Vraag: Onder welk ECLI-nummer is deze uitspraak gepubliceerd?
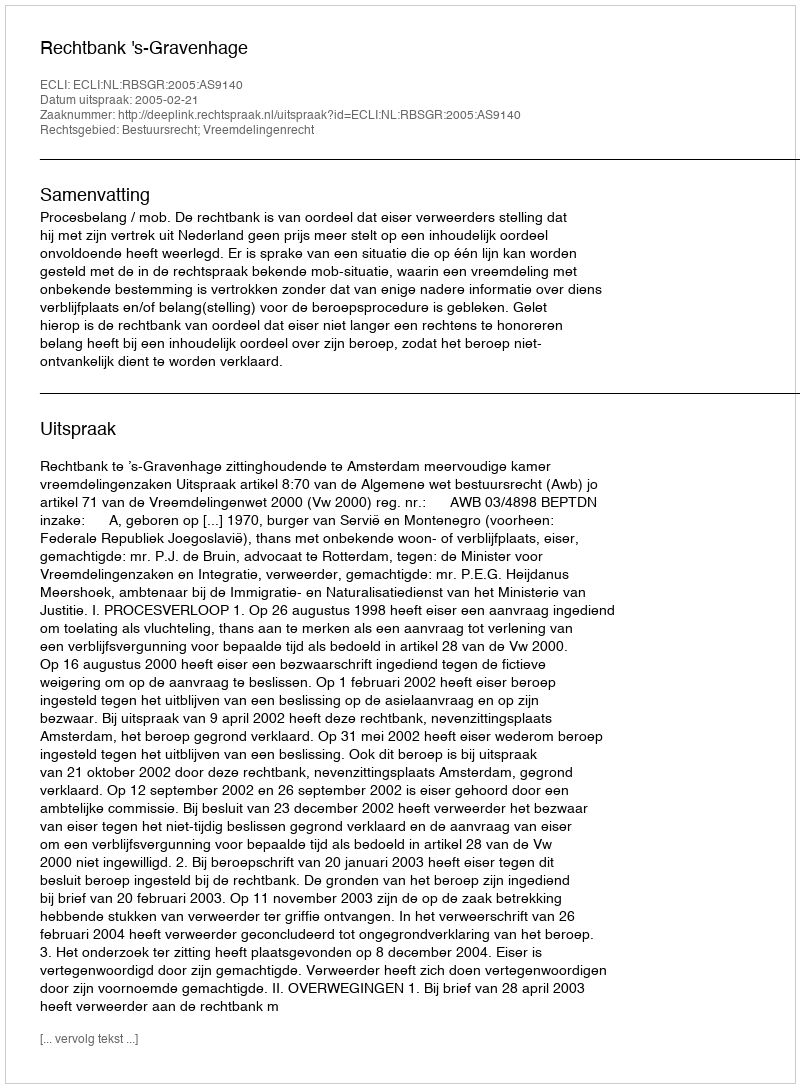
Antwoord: ECLI:NL:RBSGR:2005:AS9140